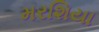
મરશિયા